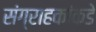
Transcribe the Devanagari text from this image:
संग्राहकांकडे